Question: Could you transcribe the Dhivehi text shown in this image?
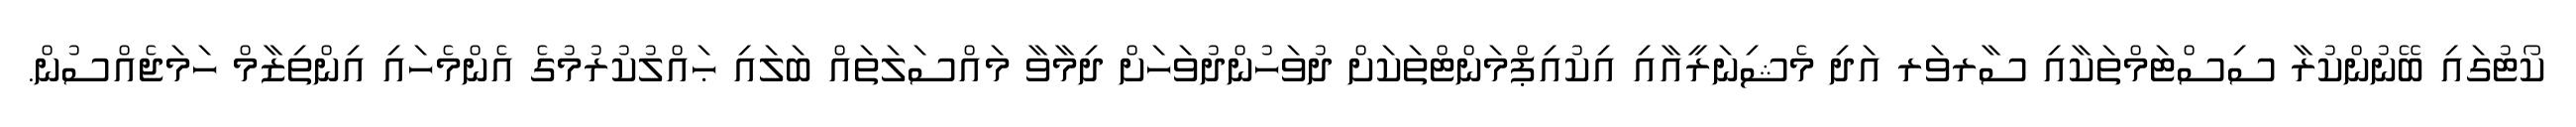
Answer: ކޯޓުގައި ބޭނުންކުރާ ސިސްޓަމްތަކާއި ސާރވަރ އަދި މެޝިނަރީއާއި އިކުއިޕްމަންޓްތަކަށް ދުވަހުންދުވަހަށް ދިމާވާ މައްސަލަތައް ބަލައި ޙައްލުކުރުމުގެ އެންމެހައި އިންތިޒާމް ހަމަޖެއްސުން.